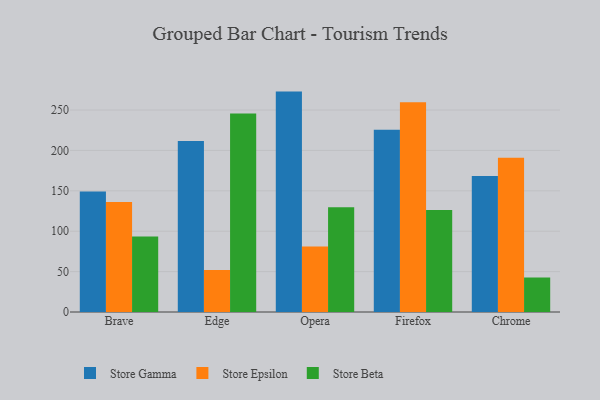
{"axis": {"x": "Browser", "y": "Headcount"}, "legend": ["Store Beta", "Store Epsilon", "Store Gamma"], "data": [{"x": "Brave", "y": 149.3, "type": "Store Gamma"}, {"x": "Brave", "y": 136.0, "type": "Store Epsilon"}, {"x": "Brave", "y": 93.6, "type": "Store Beta"}, {"x": "Edge", "y": 211.6, "type": "Store Gamma"}, {"x": "Edge", "y": 51.9, "type": "Store Epsilon"}, {"x": "Edge", "y": 245.8, "type": "Store Beta"}, {"x": "Opera", "y": 272.8, "type": "Store Gamma"}, {"x": "Opera", "y": 81.2, "type": "Store Epsilon"}, {"x": "Opera", "y": 129.8, "type": "Store Beta"}, {"x": "Firefox", "y": 225.5, "type": "Store Gamma"}, {"x": "Firefox", "y": 259.5, "type": "Store Epsilon"}, {"x": "Firefox", "y": 126.3, "type": "Store Beta"}, {"x": "Chrome", "y": 168.3, "type": "Store Gamma"}, {"x": "Chrome", "y": 191.0, "type": "Store Epsilon"}, {"x": "Chrome", "y": 42.7, "type": "Store Beta"}]}